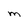
Character: M